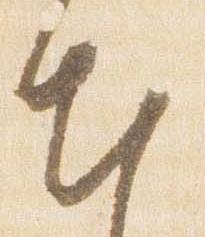
出